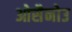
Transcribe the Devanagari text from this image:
ओसैनोउ